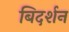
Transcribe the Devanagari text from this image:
बिदर्शन